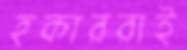
হকাররাই